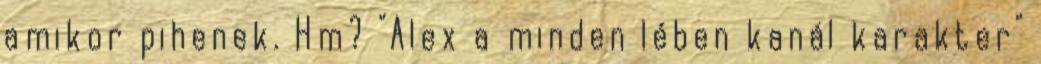
amikor pihenek. Hm? "Alex a minden lében kanál karakter"